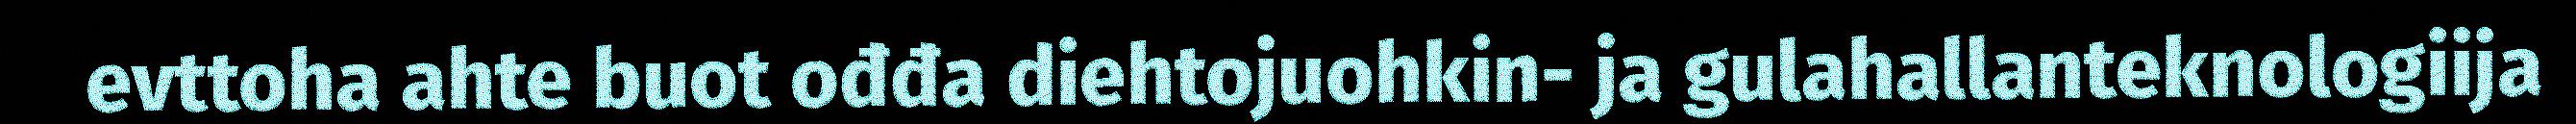
evttoha ahte buot ođđa diehtojuohkin- ja gulahallanteknologiija